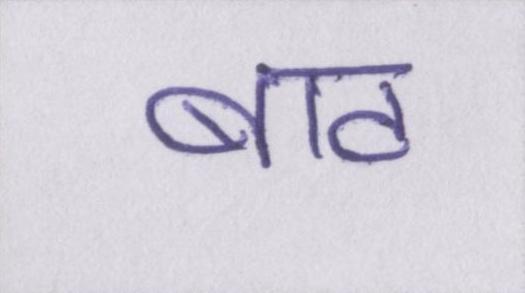
बाट